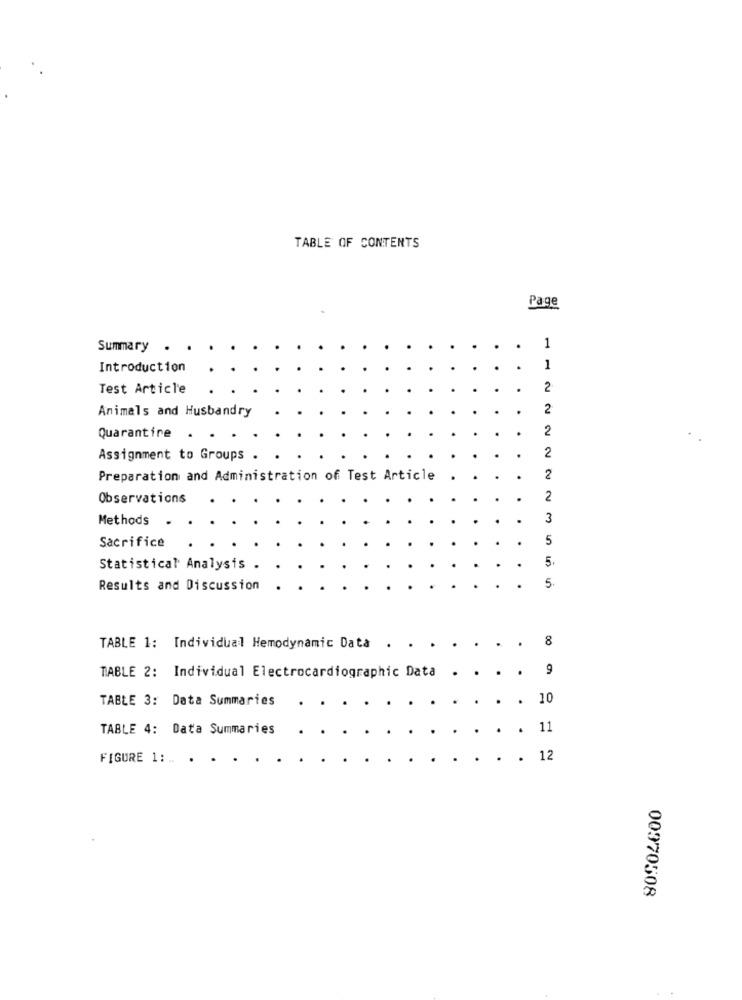
TABLE OF CONTENTS
Page
1
Summary
Introduction
1
Test Article
2
Animals and Husbandry
2
2
Quarantire .
2
Assignment to Groups .
Preparation and Administration of Test Article
2
Observations
2
Methods
3
Sacrifice
5
5.
Statistical Analysis
5.
Results and Discussion
8
TABLE 1: Individual Hemodynamic Data .
9
TABLE 2: Individual Electrocardiogramata
TABLE 3: Data Summaries
. 10
TABLE 4: Data Summaries
. . 11
FIGURE 1 :.. .
. . 12
00370508